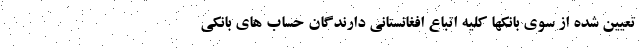
تعیین شده از سوی بانکها کلیه اتباع افغانستانی دارندگان حساب های بانکی